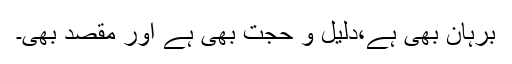
برہان بھی ہے،دلیل و حجت بھی ہے اور مقصد بھی۔